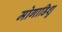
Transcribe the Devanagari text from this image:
मोगाडिशु